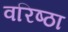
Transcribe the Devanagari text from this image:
वरिष्ठा